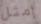
امثل